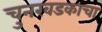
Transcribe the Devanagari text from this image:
चुनखडकाचा